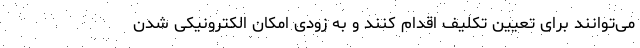
می‌توانند برای تعیین تکلیف اقدام کنند و به زودی امکان الکترونیکی شدن